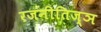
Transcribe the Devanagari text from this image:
रजनीतिज्ञ